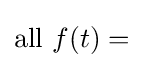
{\text{all }}f(t)=